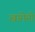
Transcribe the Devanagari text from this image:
खामेनी